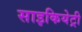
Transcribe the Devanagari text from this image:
साइकियेट्री